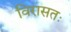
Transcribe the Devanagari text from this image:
विरासतः